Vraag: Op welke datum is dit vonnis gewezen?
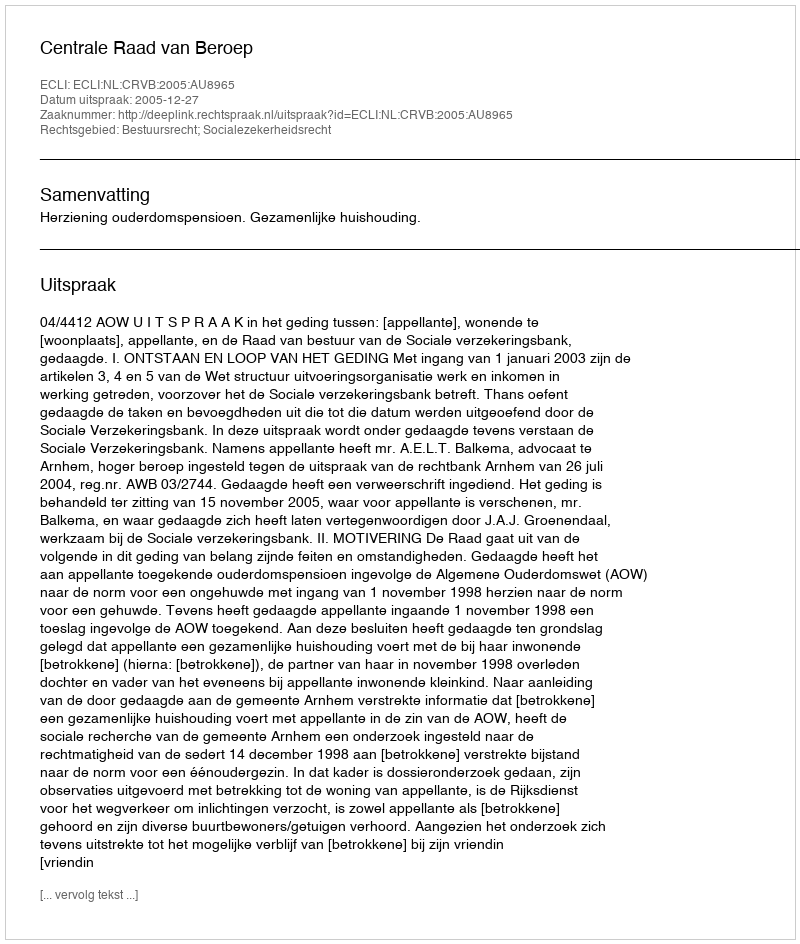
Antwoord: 2005-12-27